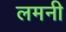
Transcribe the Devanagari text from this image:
लमनी